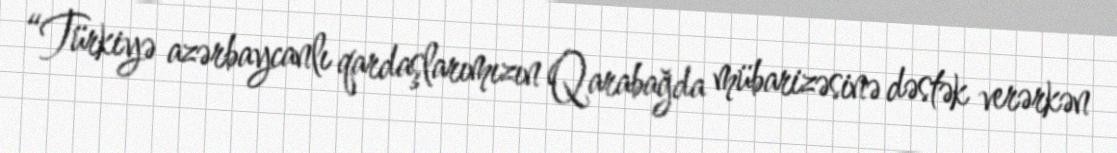
“Türkiyə azərbaycanlı qardaşlarımızın Qarabağda mübarizəsinə dəstək verərkən